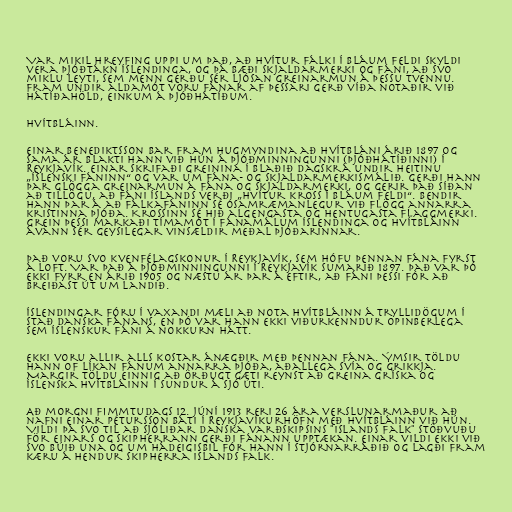
Var mikil hreyfing uppi um það, að hvítur fálki í bláum feldi skyldi
vera þjóðtákn Íslendinga, og þá bæði skjaldarmerki og fáni, að svo
miklu leyti, sem menn gerðu sér ljósan greinarmun á þessu tvennu.
Fram undir aldamót voru fánar af þessari gerð víða notaðir við
hátíðahöld, einkum á þjóðhátíðum.

Hvítbláinn.

Einar Benediktsson bar fram hugmyndina að Hvítbláni árið 1897 og
sama ár blakti hann við hún á Þjóðminningunni (þjóðhátíðinni) í
Reykjavík. Einar skrifaði greinina í blaðið Dagskrá undir heitinu
„Íslenski fáninn“ og var um fána- og skjaldarmerkismálið. Gerði hann
þar glögga greinarmun á fána og skjaldarmerki, og gerir það síðan
að tillögu, að fáni Íslands verði „hvítur kross í bláum feldi“. Bendir
hann þar á að fálkafáninn sé ósamræmanlegur við flögg annarra
kristinna þjóða. Krossinn sé hið algengasta og hentugasta flaggmerki.
Grein þessi markaði tímamót í fánamálum Íslendinga og Hvítbláinn
ávann sér geysilegar vinsældir meðal þjóðarinnar.

Það voru svo kvenfélagskonur í Reykjavík, sem hófu þennan fána fyrst
á loft. Var það á Þjóðminningunni í Reykjavík sumarið 1897. Það var þó
ekki fyrr en árið 1905 og næstu ár þar á eftir, að fáni þessi fór að
breiðast út um landið.

Íslendingar fóru í vaxandi mæli að nota Hvítbláinn á tryllidögum í
stað danska fánans, en þó var hann ekki viðurkenndur opinberlega
sem íslenskur fáni á nokkurn hátt.

Ekki voru allir alls kostar ánægðir með þennan fána. Ýmsir töldu
hann of líkan fánum annarra þjóða, aðallega Svía og Grikkja.
Margir töldu einnig að örðugt gæti reynst að greina gríska og
íslenska hvítbláinn í sundur á sjó úti.

Að morgni fimmtudags 12. júní 1913 reri 26 ára verslunarmaður að
nafni Einar Pétursson báti í Reykjavíkurhöfn með Hvítbláinn við hún.
Vildi þá svo til að sjóliðar Danska varðskipsins "Islands Falk" stöðvuðu
för Einars og skipherrann gerði fánann upptækan. Einar vildi ekki við
svo búið una og um hádeigisbil fór hann í stjórnarráðið og lagði fram
kæru á hendur skipherra Islands Falk.